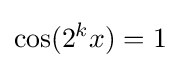
\cos(2^{k}x)=1